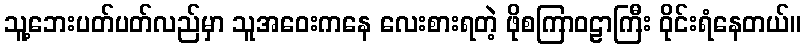
သူ့ဘေးပတ်ပတ်လည်မှာ သူအဝေးကနေ လေးစားရတဲ့ ဖိုစကြာဝဠာကြီး ဝိုင်းရံနေတယ်။